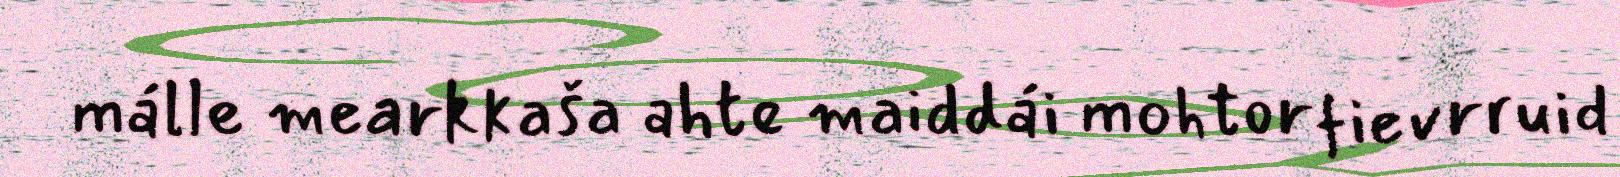
málle mearkkaša ahte maiddái mohtorfievrruid